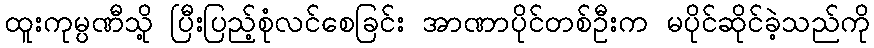
ထူးကုမ္ပဏီသို့ ပြီးပြည့်စုံလင်စေခြင်း အာဏာပိုင်တစ်ဦးက မပိုင်ဆိုင်ခဲ့သည်ကို